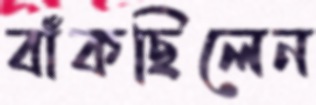
বাঁকছিলেন